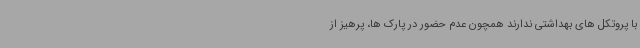
با پروتکل های بهداشتی ندارند همچون عدم حضور در پارک ها، پرهیز از